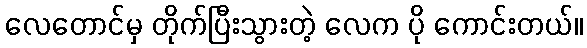
လေတောင်မှ တိုက်ပြီးသွားတဲ့ လေက ပို ကောင်းတယ်။